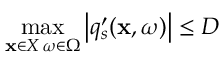
\underset { { \substack { \mathbf { x } \in X \, \omega \in \Omega } } } { \operatorname* { m a x } } \left| q _ { s } ^ { \prime } ( \mathbf { x } , \omega ) \right| \leq D